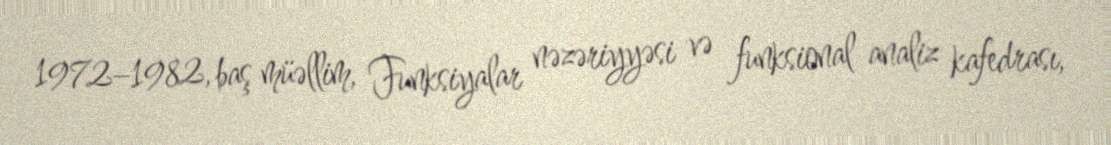
1972–1982, baş müəllim, Funksiyalar nəzəriyyəsi və funksional analiz kafedrası,